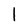
Character: I